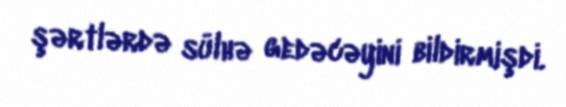
şərtlərdə sülhə gedəcəyini bildirmişdi.